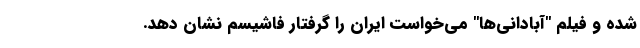
شده و فیلم "آبادانی‌ها" می‌خواست ایران را گرفتار فاشیسم نشان دهد.